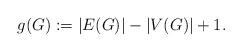
LaTeX: \begin{align*}g(G):=|E(G)|-|V(G)| +1.\end{align*}